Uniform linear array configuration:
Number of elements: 32
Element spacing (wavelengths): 0.5
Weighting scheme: blackman
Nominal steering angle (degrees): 0
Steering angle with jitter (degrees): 0.9378
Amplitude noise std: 0.05
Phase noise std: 0.05

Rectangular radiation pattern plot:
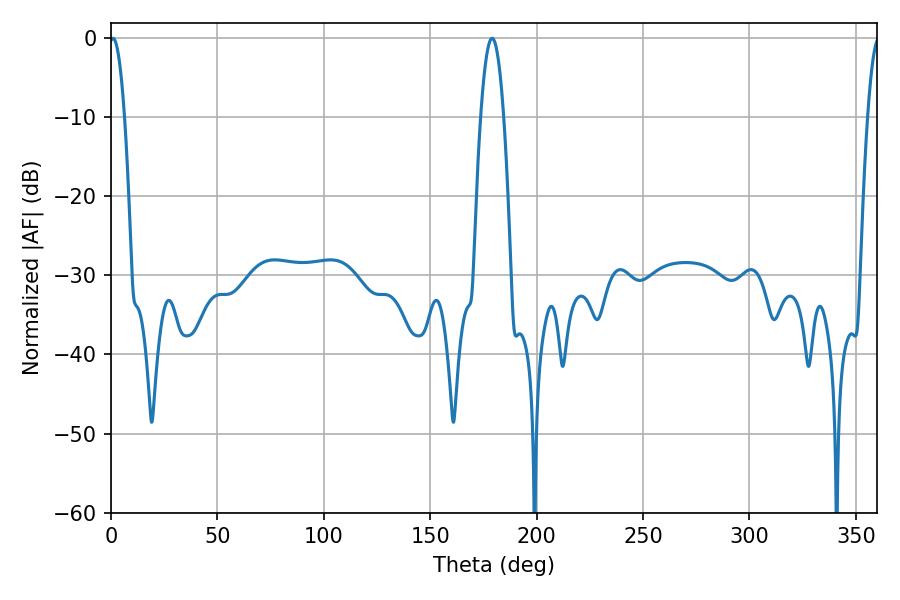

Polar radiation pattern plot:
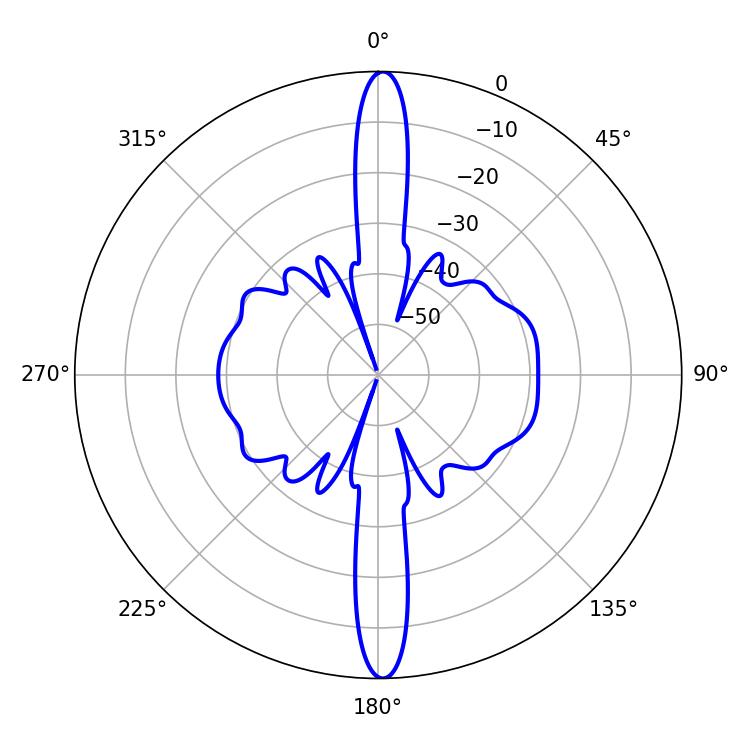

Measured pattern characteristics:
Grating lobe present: FALSE
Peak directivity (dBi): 27.317
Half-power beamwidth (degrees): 3.96
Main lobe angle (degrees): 0.9